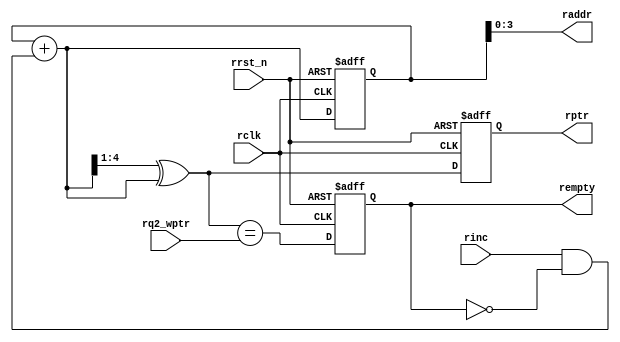
// Read pointer and empty generation
module rptr_empty #(parameter ADDRSIZE = 4)(
    input rinc, rclk, rrst_n,
    input [ADDRSIZE :0] rq2_wptr,
    output reg rempty,
    output [ADDRSIZE-1:0] raddr,
    output reg [ADDRSIZE :0] rptr);

    reg [ADDRSIZE:0] rbin;
    wire [ADDRSIZE:0] rgraynext, rbinnext, rempty_val;    
  
    // GRAYSTYLE2 pointer
    always @(posedge rclk or negedge rrst_n)
    begin
        if (!rrst_n)
            {rbin, rptr} <= {ADDRSIZE{1'b0}};
        else
            {rbin, rptr} <= {rbinnext, rgraynext};
    end

    // Memory read address pointer
    assign raddr = rbin[ADDRSIZE-1:0];
    assign rbinnext = rbin + (rinc & ~rempty);
    assign rgraynext = (rbinnext>>1) ^ rbinnext;
  
    // FIFO empty when the next rptr == synchronized wptr or on reset
    assign rempty_val = (rgraynext == rq2_wptr);

    always @(posedge rclk or negedge rrst_n)
    begin
        if (!rrst_n)
            rempty <= 1'b1;
        else
            rempty <= rempty_val;
    end    
endmodule